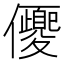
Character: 𠑍